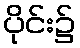
ပိုင်း၌